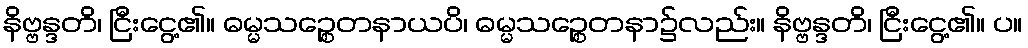
နိဗ္ဗန္ဒတိ၊ ငြီးငွေ့၏။ ဓမ္မသဉ္စေတနာယပိ၊ ဓမ္မသဉ္စေတနာ၌လည်း။ နိဗ္ဗန္ဒတိ၊ ငြီးငွေ့၏။ ပ။